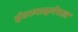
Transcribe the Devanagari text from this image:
इंटरमाइनेबल